Annual statistical returns and brief notes on vaccination in Bengal - 1896-1909
Year: 1896
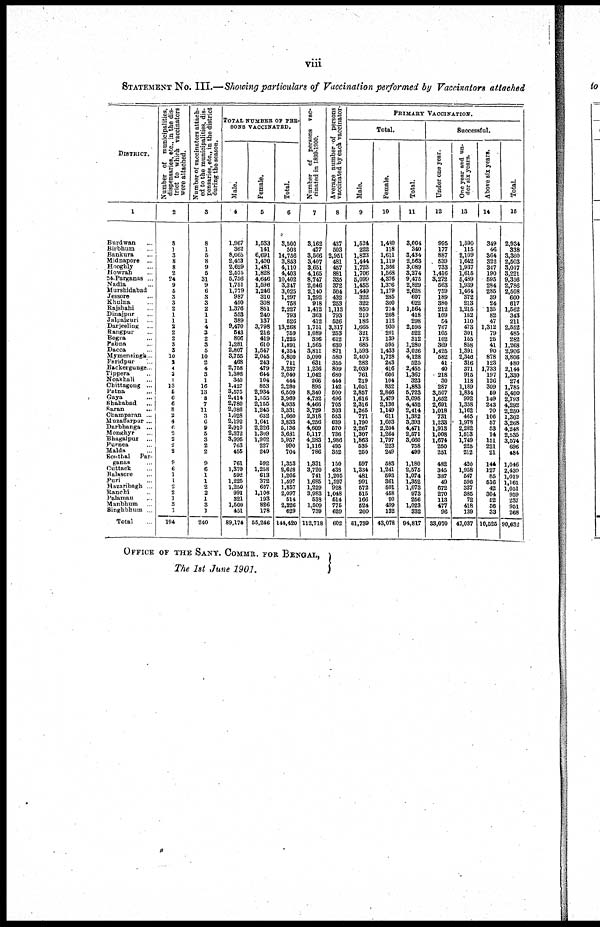
viii
STATEMENT NO. III.—Showing particulars of Vaccination performed by Vaccinators attached
DISTRICT.
1
Burdwan...
Birbhum...
Bankura...
Midnapore...
Hooghly...
Howrah...
24-Parganas ...
Nadia...
Murshidabad...
Jessore...
Khulna...
Rajshahi...
Dinajpur...
Jalpaiguri...
Darjeeling...
Rangpur...
Bogra...
Pabna...
Dacca...
Mymensingh ..
Faridpur...
Backergunge..
Tippera...
Noakhali...
Chittagong...
Patna...
Gaya...
Shahabad...
Saran...
Champaran ...
Muzaffarpur ...
Darbhanga ...
Monghyr...
Bhagalpur...
Purnea...
Malda...
Sonthal Par-
ganas...
Cuttack...
Balasore...
Puri...
Hazaribagh...
Ranchi...
Palamau...
Manbhum...
Singhbhum ...
Total...
Number of municipalities,
dispensaries, etc., in the dis-
trict to which vaccinators
were attached.
2
8
1
3
8
8
2
24
9
5
3
3
2
1
1
2
2
2
3
3
10
2
4
3
1
13
5
6
6
8
2
4
6 2
2
2
2
9
6
1
1
2
2
1
3
1
194
Number of vaccinators attach-
ed to the municipalities, dis-
pensaries, etc., in the district
during
the
season.
3
8
1
5
8
9
5
31
9
6
3
3
2
1
1
4
3
2
3
5
10
2
4
3
1
16
13
8
7
11
3
6
9
5
3
2
2
9
6
1
1
2
2
1 3
1
240
TOTAL NUMBER OF PER-
SONS VACCINATED.
Male.
4
1,967
362
8,065
2,453
2,629
2,575
5,756
1,751
1,779
987
450
1,376
553
389
9,470
543
806
1,281
2,807
3,755
468
2,758
1,398
340
1,427
3,575
2,414
2,780
2,086
1,028
2,192
2,910
2,372
3,995
763
455
761
1,370
592
1,225
1,250
991
321
1,500
451
89,174
Female.
5
1,583
141
6,691
1,400
1,481
1,828
4,646
1,596
1,246
310
308
851
240
137
3,798
216
419
610
1,547
2,045
243
479
644
104
853
2,934
1,555
2,155
1,245
632
1,641
2,226
1,309
1,962
227
249
592
1,258
613
372
607
1,106
193
826
178
55,246
Total.
6
3,500
503
14,756
3,853
4,110
4,403
10,402
3,347
3,025
1,297
758
2,227
793
526
13,268
759
1,225
1,891
4,354
5,800
711
3,237
2,040
444
2,280
6,509
3,969
4,935
3,331
1,660
3,833
5,136
3,631
5,957
990
704
1,353
2,628
1,205
1,597
1,857
2,097
514
2,326
629
144,420
Number of persons vac-
cinated in 1899-1900.
7
3,162
477
3,566
3,407
3,651
4,165
8,747
2,046
2,140
1,292
918
1,412
363
412
1,751
1,089
336
1,565
3,811
5,090
631
1,236
1,042
266
895
8,340
4,732
4,466
3,729
2,318
4,256
4,609
5,117
4,283
1,116
786
1,331
3,720
741
1,685
1,229
3,983
533
1,509
739
112,718
Average number of persons
vaccinated by each vaccinator-
8
437
503
2,951
481
457
881
335
372
504
432
253
1,113
793
526
3,317
253
612
630
871
580
355
809
680
444
142
500
496
705
303
553
639
570
736
1,986
495
352
150
438
1,205
1,597
928
1,048
514
775
629
602
PRIMARY VACCINATION.
Total.
Male.
9
1,524
222
1,823
1,444
1,723
1,706
5,099
1,458
1,449
322
322
850
210
186
1,665
321
173
685
1,593
2,400
282
2,039
761
219
1,051
2,857
1,616
2,316
1,265
771
1,790
2,267
1,307
1,863
535
250
597
1,334
481
991
572
515
166
524
200
51,739
Female.
10
1,480
118
1,611
1,119
1,366
1,568
4,376
1,376
1,179
285
300
714
208
112
930
201
139
595
1,433
1,728
243
416
606
104
832
2,866
1,479
2,136
1,149 611
1,603
2,204
1,264
1,797
223
249
583
1,241
593
361
501
458
90
499
132
43,078
Total.
11
3,004
340
3,434
2,563
3,089
3,274
9,475
2,829
2,628
607
622
1,564
418
298
2,595
522
312
1,280
3,026
4,128
525
2,455
1,367
323
1,883
5,723
3,095
4,452
2,414
1,382
3,393
4,471
2,571
3,660
758
499
1,180
2,575
1,074
1,352
1,073
973
256
1,023
332
94,817
Successful.
Under one year.
12
995
177
887
539
733
1,416
3,272
563
759
189
380
212
109
54
767
105
102
369
1,425
582
41
40
218
30
287
3,507
1,652
2,691
1,018
731
1,233
1,913
1,008
1,674
250
251
482
345
387
49
672
270
113
477
96
33,070
One year and un-
der six years.
13
1,590
115
2,109
1,642
1,937
1,615
5,489
1,939
1,464
372
213
1,215
152
110
473
301
155
858
1,391
2,346
316
371
915
118
1,189
1,834
992
1,358
1,162
465
1,978
2,282
1,513
1,749
225
212
420
1,958
547
596
337
385
72
418
139
47,037
Above six years.
14
349
46
364
322
347
190
595
284
285
39
24
135
82
47
1,312
79
25
41
90
878
123
1,733
197
126
309
59
149
243
70
106
57
53
14
151
221
21
144
127
85
516
42
304
52
56
33
10,525
Total.
15
2,934
338
3,360
2,503
3,017
3,221
9,336
2,786
2,508
600
617
1,562
343
211
2,552
485
282
1,268
2,906
3,806
480
2,144
1,330
274
1,785
5,400
2,793
4,292
2,250
1,302
3,268
4,248
2,535
3,574
696
484
1,046
2,430
1,019
1,161
1,051
959
237
951
268
90,632
OFFICE OF THE SANY. COMMR. FOR BENGAL,
The 1st June 1901.